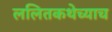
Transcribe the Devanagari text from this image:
ललितकथेच्याच